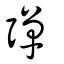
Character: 彈